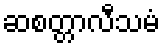
ဆစတ္တာလီသမံ